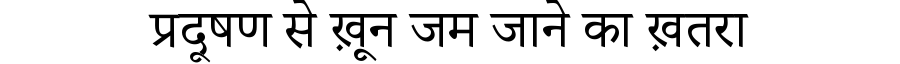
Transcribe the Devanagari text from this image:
प्रदूषण से ख़ून जम जाने का ख़तरा